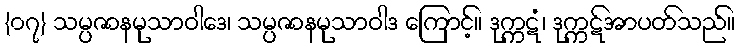
{၀၇} သမ္ပဇာနမုသာဝါဒေ၊ သမ္ပဇာနမုသာဝါဒ ကြောင့်။ ဒုက္ကဋံ၊ ဒုက္ကဋ်အာပတ်သည်။